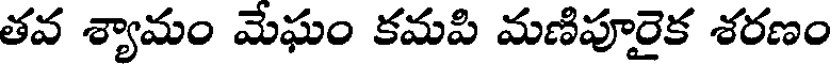
తవ శ్యామం మేఘం కమపి మణిపూరైక శరణం